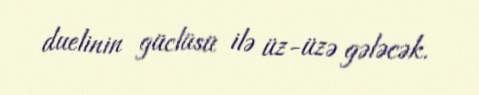
duelinin güclüsü ilə üz-üzə gələcək.